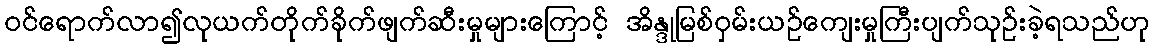
ဝင်ရောက်လာ၍လုယက်တိုက်ခိုက်ဖျက်ဆီးမှုများကြောင့် အိန္ဒုမြစ်ဝှမ်းယဉ်ကျေးမှုကြီးပျက်သုဉ်းခဲ့ရသည်ဟု